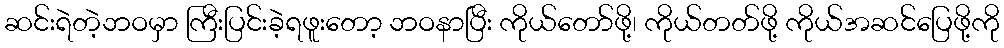
ဆင်းရဲတဲ့ဘဝမှာ ကြီးပြင်းခဲ့ရဖူးတော့ ဘဝနာပြီး ကိုယ်တော်ဖို့၊ ကိုယ်တတ်ဖို့ ကိုယ်အဆင်ပြေဖို့ကို